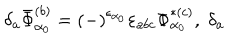
\delta _ { a } \bar { \Phi } _ { \alpha _ { 0 } } ^ { ( b ) } = \left( - \right) ^ { \epsilon _ { \alpha _ { 0 } } } \varepsilon _ { a b c } \Phi _ { \alpha _ { 0 } } ^ { * ( c ) } , \; \delta _ { a }